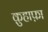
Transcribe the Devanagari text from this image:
क़ुहाफ़ा